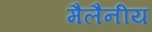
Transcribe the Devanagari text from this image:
मैलैनीय